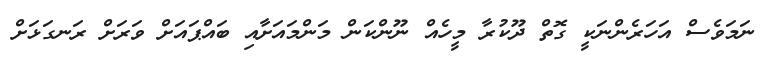
ނަމަވެސް އަހަރެންނަކީ ގޮތް ދޫކުރާ މީހެއް ނޫންކަން މަންމައަށާއި ބައްޕައަށް ވަރަށް ރަނގަޅަށް